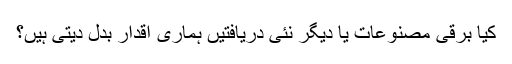
کیا برقی مصنوعات یا دیگر نئی دریافتیں ہماری اقدار بدل دیتی ہیں؟